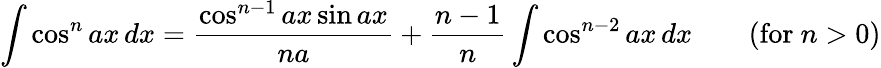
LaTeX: \int\cos^{n}ax\, dx={\frac{\cos^{n-1}ax\sin ax}{na}}+{\frac{n-1}{n}}\int\cos^{n-2}ax\, dx\qquad{\mathrm{(for~}}n>0{\mathrm{)}}